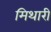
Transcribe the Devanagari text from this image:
मिथारी